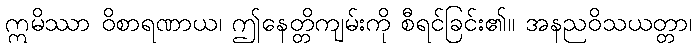
ဣမိဿာ ဝိစာရဏာယ၊ ဤနေတ္တိကျမ်းကို စီရင်ခြင်း၏။ အနညဝိသယတ္တာ၊